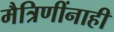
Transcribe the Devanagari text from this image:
मैत्रिणींनाही